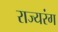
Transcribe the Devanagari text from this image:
राज्यरंग